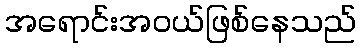
အရောင်းအဝယ်ဖြစ်နေသည်